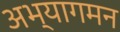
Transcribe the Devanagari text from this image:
अभ्यागमन